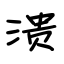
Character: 溃